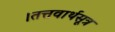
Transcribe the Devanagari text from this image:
।तत्तवार्थसूत्र